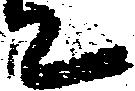
て